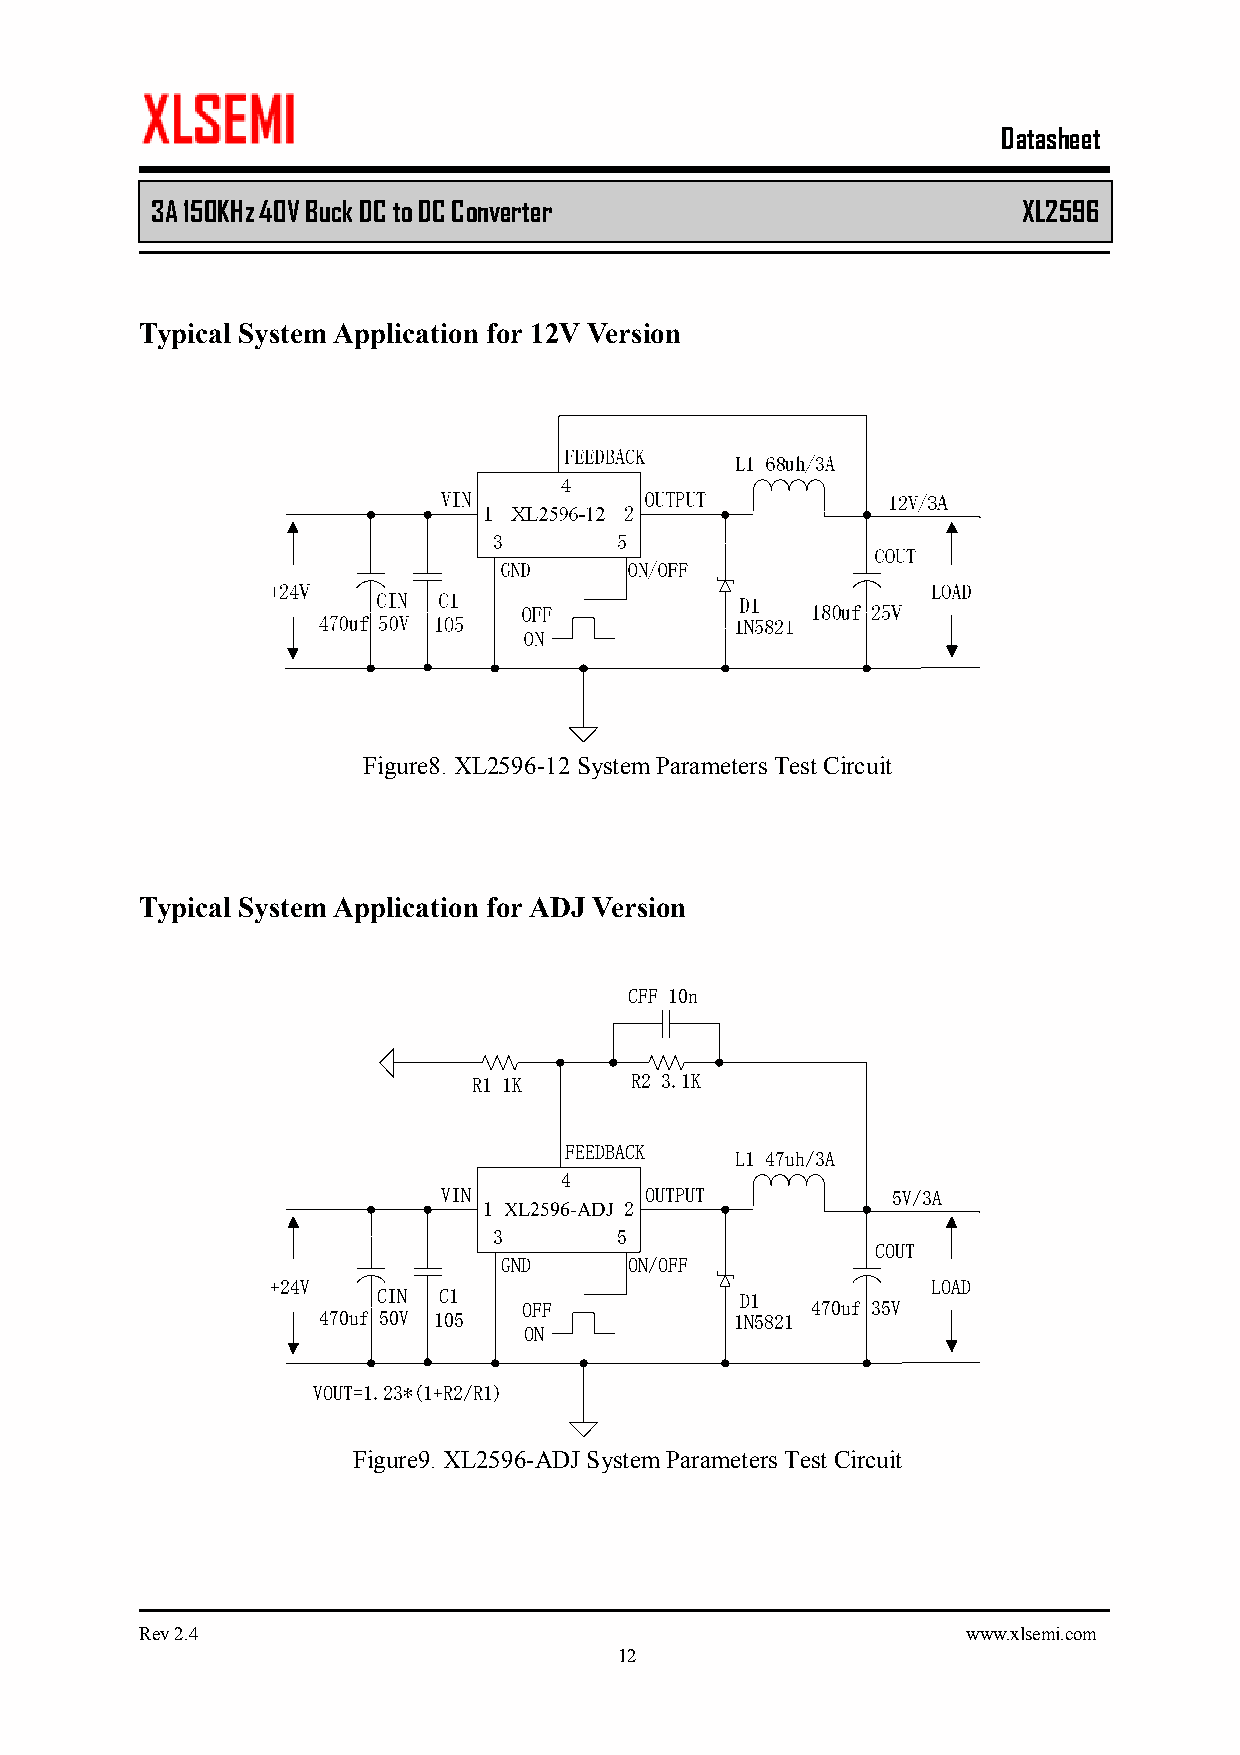
Datasheet
 3A 150KHz 40V Buck DC to DC Converter         XL2596
 Typical System Application for 12V Version
 Figure8. XL2596-12 System Parameters Test Circuit
 Typical System Application for ADJ Version
 CFF 10n
 R1 1K      R2 3.1K
 FEEDBACK
 L1 47uh/3A
 4
 VIN           OUTPUT          5V/3A
 1 XL2596-ADJ 2
 3       5
 COUT
 GND      ON/OFF
 +24V                                        LOAD
 CIN C1                  D1
 OFF                470uf 35V
 470uf 50V 105               1N5821
 ON
 VOUT=1.23*(1+R2/R1)
 Figure9. XL2596-ADJ System Parameters Test Circuit
 Rev 2.4                                                www.xlsemi.com
 12